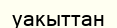
уакыттан